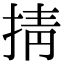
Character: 掅